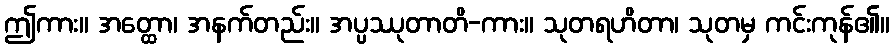
ဤကား။ အတ္ထော၊ အနက်တည်း။ အပ္ပဿုတာတိ-ကား။ သုတရဟိတာ၊ သုတမှ ကင်းကုန်၏။